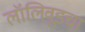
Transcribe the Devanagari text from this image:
लॉलिवूडचा